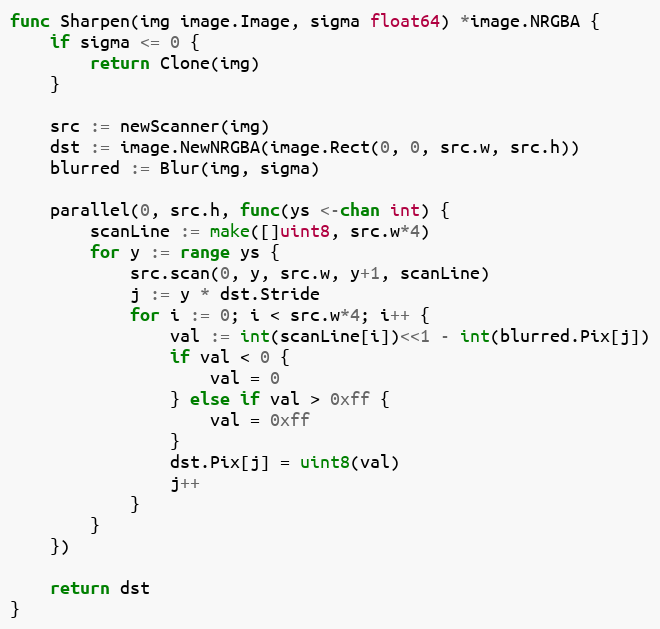
Language: Go
func Sharpen(img image.Image, sigma float64) *image.NRGBA {
	if sigma <= 0 {
		return Clone(img)
	}

	src := newScanner(img)
	dst := image.NewNRGBA(image.Rect(0, 0, src.w, src.h))
	blurred := Blur(img, sigma)

	parallel(0, src.h, func(ys <-chan int) {
		scanLine := make([]uint8, src.w*4)
		for y := range ys {
			src.scan(0, y, src.w, y+1, scanLine)
			j := y * dst.Stride
			for i := 0; i < src.w*4; i++ {
				val := int(scanLine[i])<<1 - int(blurred.Pix[j])
				if val < 0 {
					val = 0
				} else if val > 0xff {
					val = 0xff
				}
				dst.Pix[j] = uint8(val)
				j++
			}
		}
	})

	return dst
}